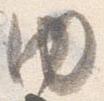
内